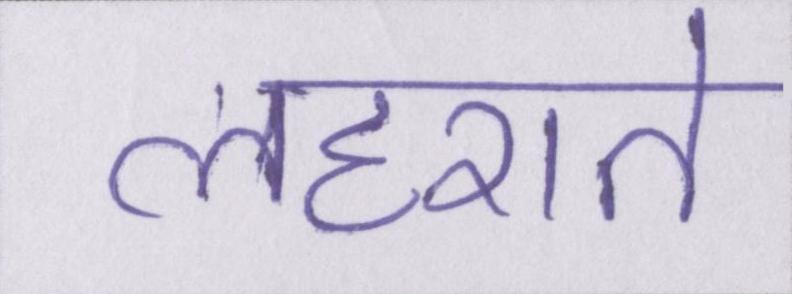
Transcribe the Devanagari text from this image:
लहराते